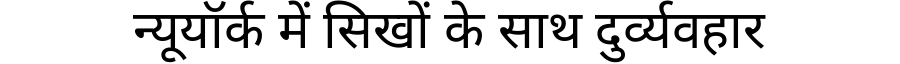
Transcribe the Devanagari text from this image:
न्यूयॉर्क में सिखों के साथ दुर्व्यवहार